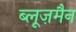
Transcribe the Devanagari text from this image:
ब्लूज़मैन